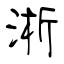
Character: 淅